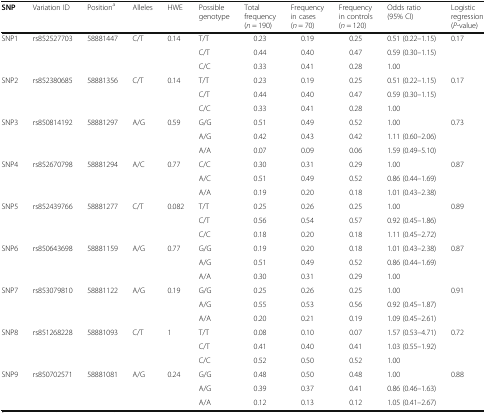
<table><thead><tr><td><b>SNP</b></td><td><b>Variation ID</b></td><td><b>Position<sup>a</sup></b></td><td><b>Alleles</b></td><td><b>HWE</b></td><td><b>Possible genotype</b></td><td><b>Total frequency(<i>n</i> = 190)</b></td><td><b>Frequency in cases(<i>n</i> = 70)</b></td><td><b>Frequency in controls(<i>n</i> = 120)</b></td><td><b>Odds ratio(95% CI)</b></td><td><b>Logistic regression(<i>P</i>-value)</b></td></tr></thead><tbody><tr><td>SNP1</td><td>rs852527703</td><td>58881447</td><td>C/T</td><td>0.14</td><td>T/T</td><td>0.23</td><td>0.19</td><td>0.25</td><td>0.51 (0.22–1.15)</td><td>0.17</td></tr><tr><td></td><td></td><td></td><td></td><td></td><td>C/T</td><td>0.44</td><td>0.40</td><td>0.47</td><td>0.59 (0.30–1.15)</td><td></td></tr><tr><td></td><td></td><td></td><td></td><td></td><td>C/C</td><td>0.33</td><td>0.41</td><td>0.28</td><td>1.00</td><td></td></tr><tr><td>SNP2</td><td>rs852380685</td><td>58881356</td><td>C/T</td><td>0.14</td><td>T/T</td><td>0.23</td><td>0.19</td><td>0.25</td><td>0.51 (0.22–1.15)</td><td>0.17</td></tr><tr><td></td><td></td><td></td><td></td><td></td><td>C/T</td><td>0.44</td><td>0.40</td><td>0.47</td><td>0.59 (0.30–1.15)</td><td></td></tr><tr><td></td><td></td><td></td><td></td><td></td><td>C/C</td><td>0.33</td><td>0.41</td><td>0.28</td><td>1.00</td><td></td></tr><tr><td>SNP3</td><td>rs850814192</td><td>58881297</td><td>A/G</td><td>0.59</td><td>G/G</td><td>0.51</td><td>0.49</td><td>0.52</td><td>1.00</td><td>0.73</td></tr><tr><td></td><td></td><td></td><td></td><td></td><td>A/G</td><td>0.42</td><td>0.43</td><td>0.42</td><td>1.11 (0.60–2.06)</td><td></td></tr><tr><td></td><td></td><td></td><td></td><td></td><td>A/A</td><td>0.07</td><td>0.09</td><td>0.06</td><td>1.59 (0.49–5.10)</td><td></td></tr><tr><td>SNP4</td><td>rs852670798</td><td>58881294</td><td>A/C</td><td>0.77</td><td>C/C</td><td>0.30</td><td>0.31</td><td>0.29</td><td>1.00</td><td>0.87</td></tr><tr><td></td><td></td><td></td><td></td><td></td><td>A/C</td><td>0.51</td><td>0.49</td><td>0.52</td><td>0.86 (0.44–1.69)</td><td></td></tr><tr><td></td><td></td><td></td><td></td><td></td><td>A/A</td><td>0.19</td><td>0.20</td><td>0.18</td><td>1.01 (0.43–2.38)</td><td></td></tr><tr><td>SNP5</td><td>rs852439766</td><td>58881277</td><td>C/T</td><td>0.082</td><td>T/T</td><td>0.25</td><td>0.26</td><td>0.25</td><td>1.00</td><td>0.89</td></tr><tr><td></td><td></td><td></td><td></td><td></td><td>C/T</td><td>0.56</td><td>0.54</td><td>0.57</td><td>0.92 (0.45–1.86)</td><td></td></tr><tr><td></td><td></td><td></td><td></td><td></td><td>C/C</td><td>0.18</td><td>0.20</td><td>0.18</td><td>1.11 (0.45–2.72)</td><td></td></tr><tr><td>SNP6</td><td>rs850643698</td><td>58881159</td><td>A/G</td><td>0.77</td><td>G/G</td><td>0.19</td><td>0.20</td><td>0.18</td><td>1.01 (0.43–2.38)</td><td>0.87</td></tr><tr><td></td><td></td><td></td><td></td><td></td><td>A/G</td><td>0.51</td><td>0.49</td><td>0.52</td><td>0.86 (0.44–1.69)</td><td></td></tr><tr><td></td><td></td><td></td><td></td><td></td><td>A/A</td><td>0.30</td><td>0.31</td><td>0.29</td><td>1.00</td><td></td></tr><tr><td>SNP7</td><td>rs853079810</td><td>58881122</td><td>A/G</td><td>0.19</td><td>G/G</td><td>0.25</td><td>0.26</td><td>0.25</td><td>1.00</td><td>0.91</td></tr><tr><td></td><td></td><td></td><td></td><td></td><td>A/G</td><td>0.55</td><td>0.53</td><td>0.56</td><td>0.92 (0.45–1.87)</td><td></td></tr><tr><td></td><td></td><td></td><td></td><td></td><td>A/A</td><td>0.20</td><td>0.21</td><td>0.19</td><td>1.09 (0.45–2.61)</td><td></td></tr><tr><td>SNP8</td><td>rs851268228</td><td>58881093</td><td>C/T</td><td>1</td><td>T/T</td><td>0.08</td><td>0.10</td><td>0.07</td><td>1.57 (0.53–4.71)</td><td>0.72</td></tr><tr><td></td><td></td><td></td><td></td><td></td><td>C/T</td><td>0.41</td><td>0.40</td><td>0.41</td><td>1.03 (0.55–1.92)</td><td></td></tr><tr><td></td><td></td><td></td><td></td><td></td><td>C/C</td><td>0.52</td><td>0.50</td><td>0.52</td><td>1.00</td><td></td></tr><tr><td>SNP9</td><td>rs850702571</td><td>58881081</td><td>A/G</td><td>0.24</td><td>G/G</td><td>0.48</td><td>0.50</td><td>0.48</td><td>1.00</td><td>0.88</td></tr><tr><td></td><td></td><td></td><td></td><td></td><td>A/G</td><td>0.39</td><td>0.37</td><td>0.41</td><td>0.86 (0.46–1.63)</td><td></td></tr><tr><td></td><td></td><td></td><td></td><td></td><td>A/A</td><td>0.12</td><td>0.13</td><td>0.12</td><td>1.05 (0.41–2.67)</td><td></td></tr></tbody></table>